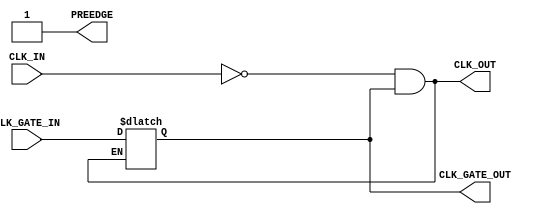

// Copyright (c) 2000-2009 Bluespec, Inc.

// Permission is hereby granted, free of charge, to any person obtaining a copy
// of this software and associated documentation files (the "Software"), to deal
// in the Software without restriction, including without limitation the rights
// to use, copy, modify, merge, publish, distribute, sublicense, and/or sell
// copies of the Software, and to permit persons to whom the Software is
// furnished to do so, subject to the following conditions:

// The above copyright notice and this permission notice shall be included in
// all copies or substantial portions of the Software.

// THE SOFTWARE IS PROVIDED "AS IS", WITHOUT WARRANTY OF ANY KIND, EXPRESS OR
// IMPLIED, INCLUDING BUT NOT LIMITED TO THE WARRANTIES OF MERCHANTABILITY,
// FITNESS FOR A PARTICULAR PURPOSE AND NONINFRINGEMENT. IN NO EVENT SHALL THE
// AUTHORS OR COPYRIGHT HOLDERS BE LIABLE FOR ANY CLAIM, DAMAGES OR OTHER
// LIABILITY, WHETHER IN AN ACTION OF CONTRACT, TORT OR OTHERWISE, ARISING FROM,
// OUT OF OR IN CONNECTION WITH THE SOFTWARE OR THE USE OR OTHER DEALINGS IN
// THE SOFTWARE.
//
// $Revision: 17872 $
// $Date: 2009-09-18 14:32:56 +0000 (Fri, 18 Sep 2009) $

`ifdef BSV_ASSIGNMENT_DELAY
`else
`define BSV_ASSIGNMENT_DELAY
`endif

module GatedClockInverter(CLK_IN, CLK_GATE_IN, PREEDGE, CLK_OUT, CLK_GATE_OUT);

   input     CLK_IN;            // input clock
   input     CLK_GATE_IN;
   output    PREEDGE;           // output signal announcing an upcoming edge
   output    CLK_OUT;           // output clock
   output    CLK_GATE_OUT;

   reg       new_gate;

   wire      CLK_OUT;
   wire      CLK_GATE_OUT;
   wire      PREEDGE;
   
   assign    CLK_OUT = (! CLK_IN) & new_gate;
   assign    CLK_GATE_OUT = new_gate;
   assign    PREEDGE = 1 ;

   // Use latch to avoid glitches
   // Gate can only change when clock is low
   always @( CLK_OUT or CLK_GATE_IN )
     begin
        if ( ! CLK_OUT )
          new_gate <= `BSV_ASSIGNMENT_DELAY CLK_GATE_IN ;
     end

`ifdef BSV_NO_INITIAL_BLOCKS
`else // not BSV_NO_INITIAL_BLOCKS
  // synopsys translate_off
  initial
    begin
       #0 ;
       new_gate = 1 ;
    end // initial begin   
  // synopsys translate_on
`endif // BSV_NO_INITIAL_BLOCKS
   
endmodule // GatedClockInverter